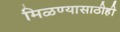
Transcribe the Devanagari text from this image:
मिळण्यासाठीही